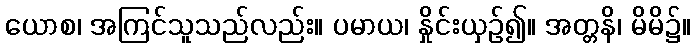
ယောစ၊ အကြင်သူသည်လည်း။ ပမာယ၊ နှိုင်းယှဉ်၍။ အတ္တနိ၊ မိမိ၌။